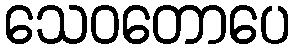
သေဝတောပေ